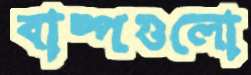
বাষ্পগুলো